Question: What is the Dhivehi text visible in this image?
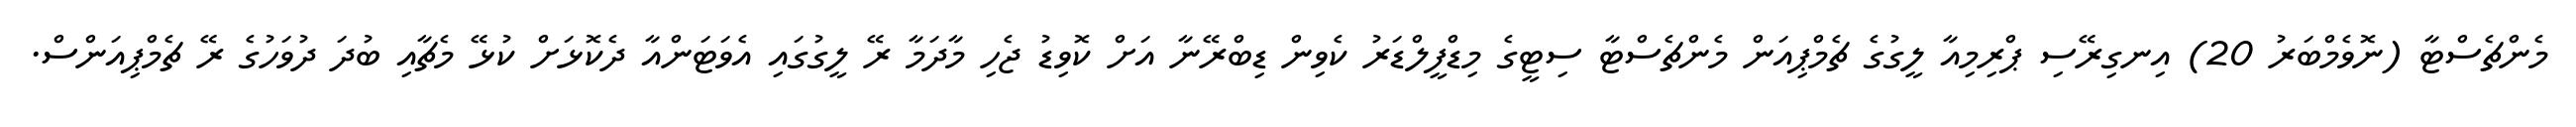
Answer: މެންޗެސްޓާ (ނޮވެމްބަރު 20) އިނގިރޭސި ޕްރިމިއާ ލީގުގެ ޗެމްޕިއަން މެންޗެސްޓާ ސިޓީގެ މިޑްފީލްޑަރު ކެވިން ޑިބްރޭނާ އަށް ކޮވިޑު ޖެހި މާދަމާ ރޭ ލީގުގައި އެވަޓަންއާ ދެކޮޅަށް ކުޅޭ މެޗާއި ބުދަ ދުވަހުގެ ރޭ ޗެމްޕިއަންސް.